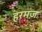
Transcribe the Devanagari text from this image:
हरमज़